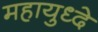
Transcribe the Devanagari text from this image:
महायुध्दे